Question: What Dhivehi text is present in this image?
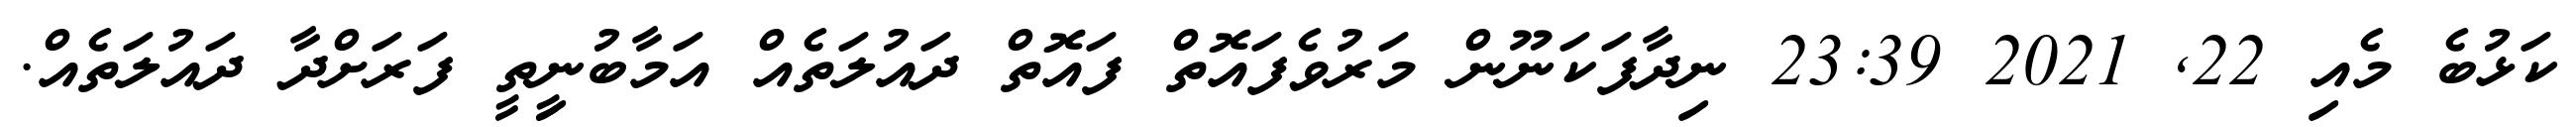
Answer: ކަޅުބެ މެއި 22, 2021 23:39 ނިދާފަކަނޫން މަރުވެފައޮތް ފައޮތް ދައުލަތެއް އަމާބުނީިތީ ފަރަށްދާ ދައުލަތެއް.